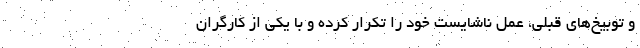
و توبیخ‌های قبلی، عمل ناشایست خود را تکرار کرده و با یکی از کارگران